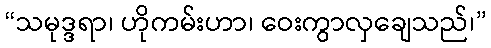
“သမုဒ္ဒရာ၊ ဟိုကမ်းဟာ၊ ဝေးကွာလှချေသည်၊”